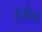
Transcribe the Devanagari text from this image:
भुजैला